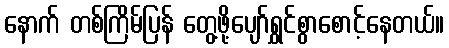
နောက် တစ်ကြိမ်ပြန် တွေ့ဖို့ပျော်ရွှင်စွာစောင့်နေတယ်။